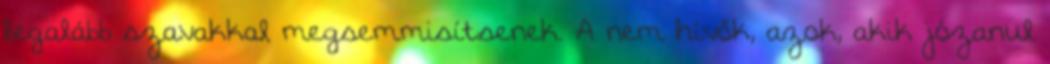
legalább szavakkal megsemmisítsenek. A nem hívők, azok, akik józanul